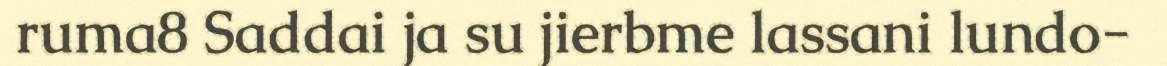
ruma8 Saddai ja su jierbme lassani lundo-